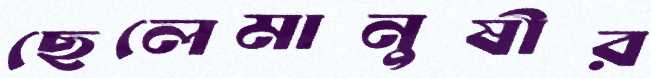
ছেলেমানুষীর